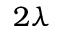
2 \lambda